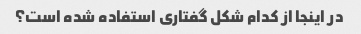
در اینجا از کدام شکل گفتاری استفاده شده است؟